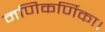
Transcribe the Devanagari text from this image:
मणिकर्णिका।